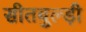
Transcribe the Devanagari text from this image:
सीतबुल्ड़ी